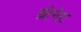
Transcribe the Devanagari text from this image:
ब्रोनेट